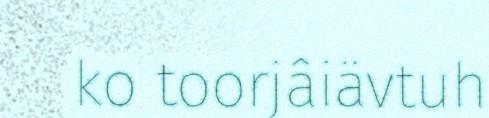
ko toorjâiävtuh